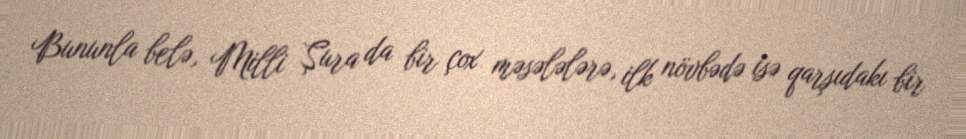
Bununla belə, Milli Şura da bir çox məsələlərə, ilk növbədə isə qarşıdakı bir